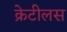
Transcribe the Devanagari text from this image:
क्रेटीलस